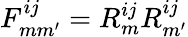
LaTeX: F_{mm^{\prime}}^{ij}=R_{m}^{ij}R_{m^{\prime}}^{ij}